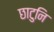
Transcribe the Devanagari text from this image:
छाटुनि